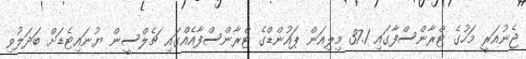
ޖެނުއަރީ މަހުގެ ޓްރާންސްފާގައި 37.1 މިލިއަން ޕައުންޑްގެ ޓްރާންސްފާއެއްގައި ޗެލްސީން ޔުނައިޓެޑަށް ބަދަލުވި